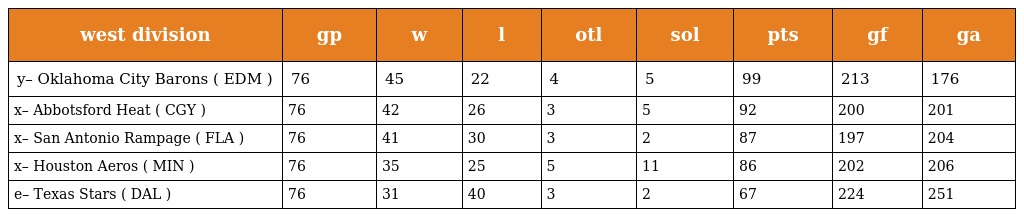
| west division | gp | w | l | otl | sol | pts | gf | ga |
 | --- | --- | --- | --- | --- | --- | --- | --- | --- |
 | y– Oklahoma City Barons ( EDM ) | 76 | 45 | 22 | 4 | 5 | 99 | 213 | 176 |
 | x– Abbotsford Heat ( CGY ) | 76 | 42 | 26 | 3 | 5 | 92 | 200 | 201 |
 | x– San Antonio Rampage ( FLA ) | 76 | 41 | 30 | 3 | 2 | 87 | 197 | 204 |
 | x– Houston Aeros ( MIN ) | 76 | 35 | 25 | 5 | 11 | 86 | 202 | 206 |
 | e– Texas Stars ( DAL ) | 76 | 31 | 40 | 3 | 2 | 67 | 224 | 251 |